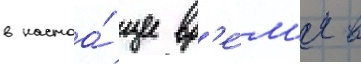
в настоа́щее вр'е́м'я в